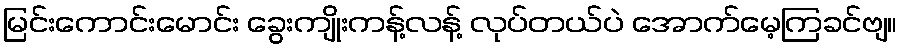
မြင်းကောင်းမောင်း ခွေးကျိုးကန့်လန့် လုပ်တယ်ပဲ အောက်မေ့ကြခင်ဗျ။